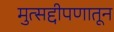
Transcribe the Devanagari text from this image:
मुत्सद्दीपणातून